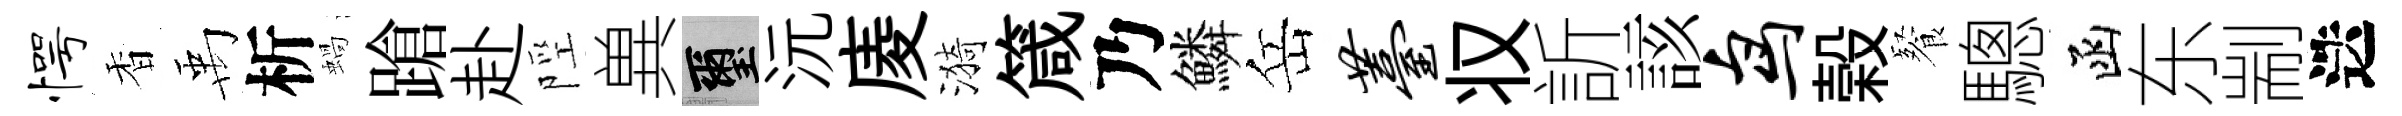
愕香禹析蝸蹌赴陘兾璽沅庱漪箴乃鱗岳薹𠬧訢該鸟榖餐驄函东剬迭